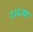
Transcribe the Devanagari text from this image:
१३६व्या